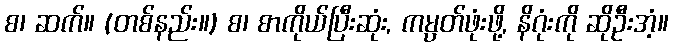
စ၊ ဆက်။ (တစ်နည်း။) စ၊ စာကိုယ်ပြီးဆုံး, ကမ္ပတ်ဖုံးဖို့, နိဂုံးကို ဆိုဦးအံ့။